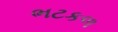
ભટકળ